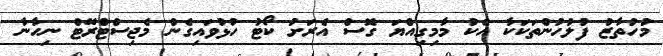
މުހުތާޒު ފުލުހުންތަކަކާ އެކު މާމިގިއްޔަ ގޮސް އެރަށު ކޯޓު ހުޅުވައިގެން މެޖިސްޓްރޭޓް ނިހާނާ